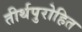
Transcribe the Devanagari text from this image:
तीर्थपुरोहित